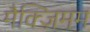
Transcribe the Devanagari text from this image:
मैक्ज़िमम